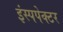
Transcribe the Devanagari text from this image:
इंस्पपेक्टर